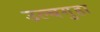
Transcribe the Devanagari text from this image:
उल्बगुहा